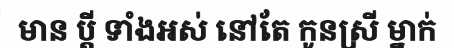
មាន ប្តី ទាំងអស់ នៅតែ កូនស្រី ម្នាក់